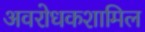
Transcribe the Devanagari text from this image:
अवरोधकशामिल